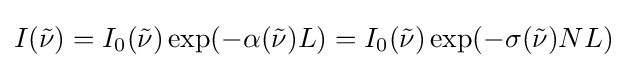
I({\tilde {\nu }})=I_{0}({\tilde {\nu }})\exp(-\alpha ({\tilde {\nu }})L)=I_{0}({\tilde {\nu }})\exp(-\sigma ({\tilde {\nu }})NL)